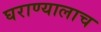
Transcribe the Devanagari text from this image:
घराण्यालाच